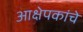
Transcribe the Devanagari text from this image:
आक्षेपकांचे